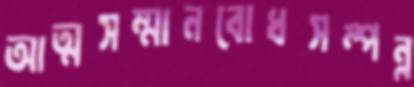
আত্মসম্মানবোধসম্পন্ন